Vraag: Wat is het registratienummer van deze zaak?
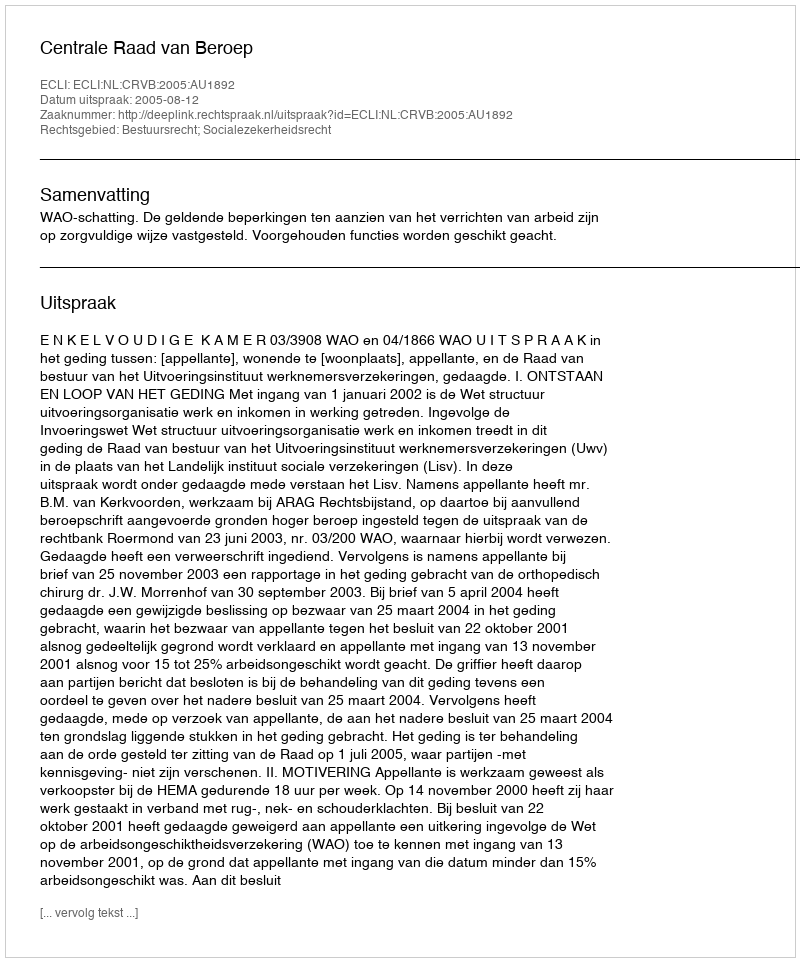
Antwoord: http://deeplink.rechtspraak.nl/uitspraak?id=ECLI:NL:CRVB:2005:AU1892